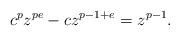
LaTeX: \begin{align*} c^p z^{p e} - c z^{p - 1 + e} = z^{p - 1} .\end{align*}